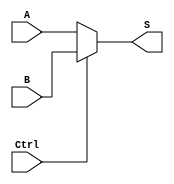
module dataSelect_32_Bit(A, B, Ctrl, S);
  input [31:0] A, B; //
  input Ctrl; //
  output [31:0] S;
  assign S = (Ctrl == 1'b0 ? A : B);
endmodule